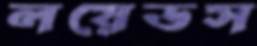
লয়েডস